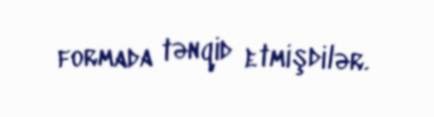
formada tənqid etmişdilər.